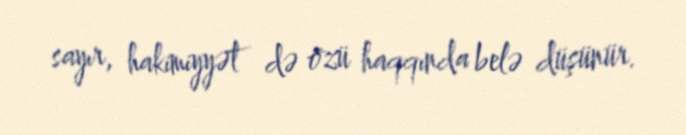
sayır, hakimiyyət də özü haqqında belə düşünür.